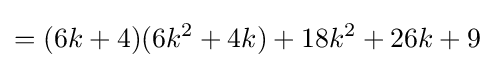
=(6k+4)(6k^{2}+4k)+18k^{2}+26k+9